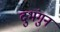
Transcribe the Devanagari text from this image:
दुभंगुन